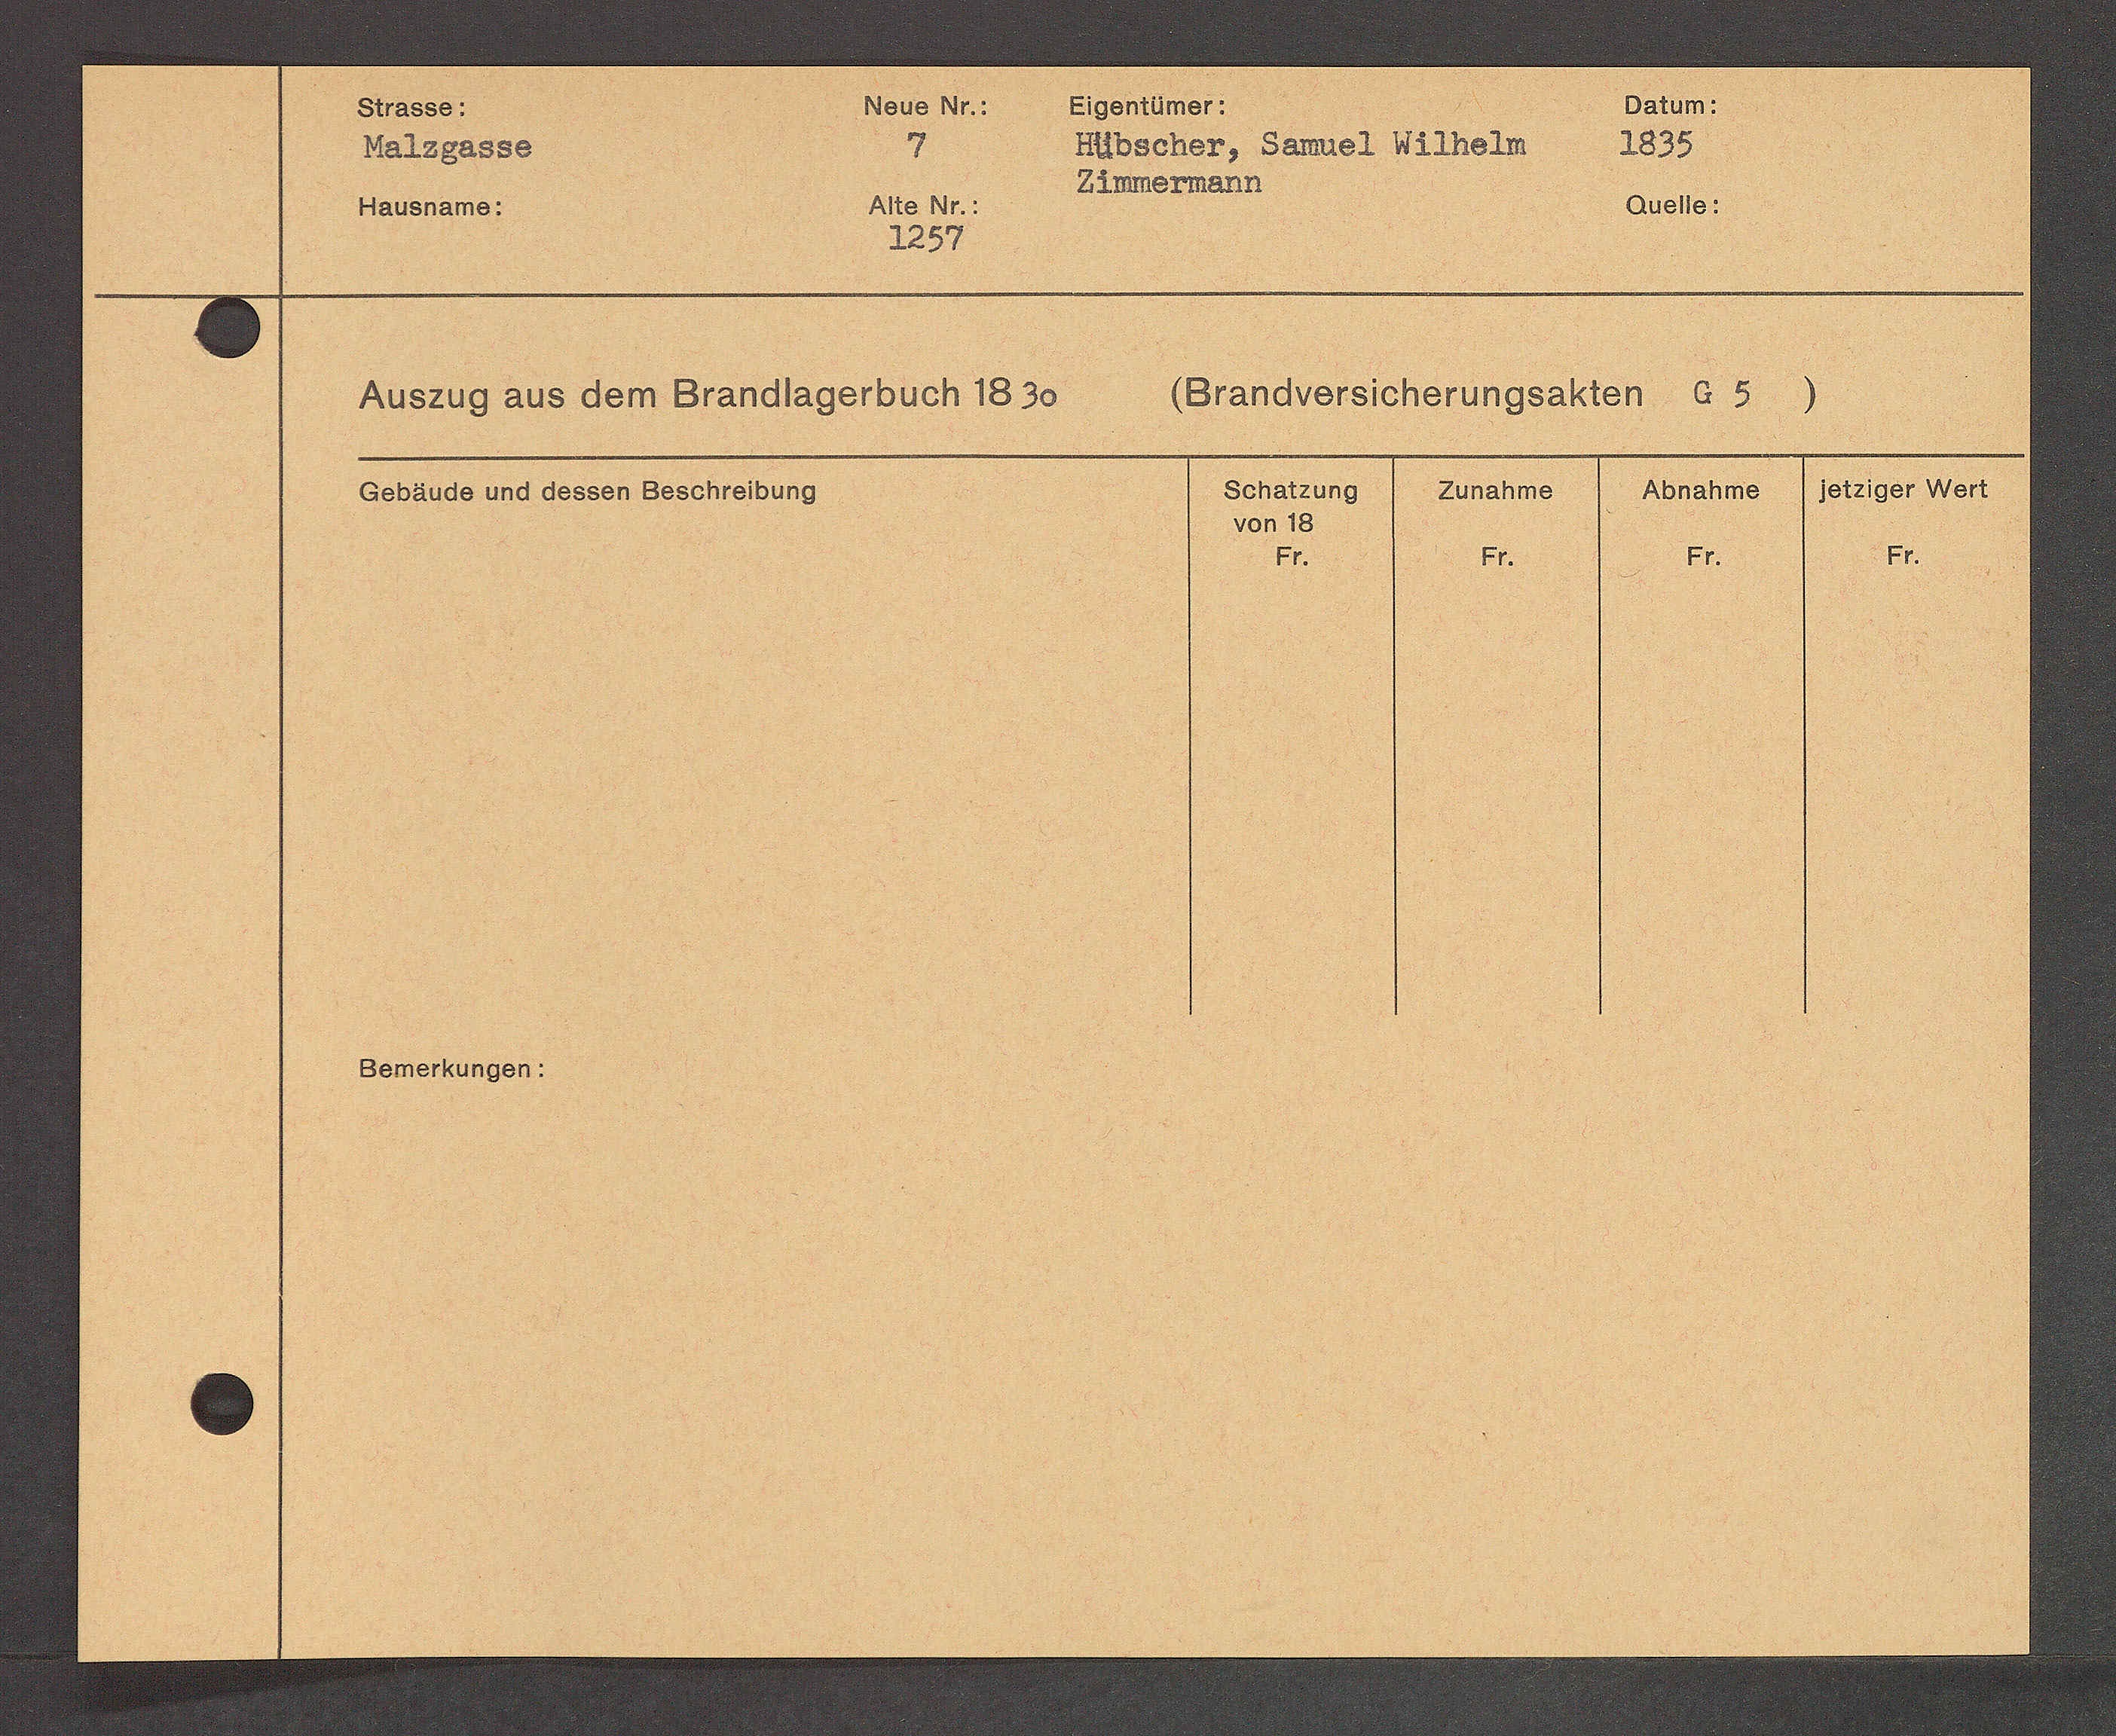
Transcript:
Zunahme